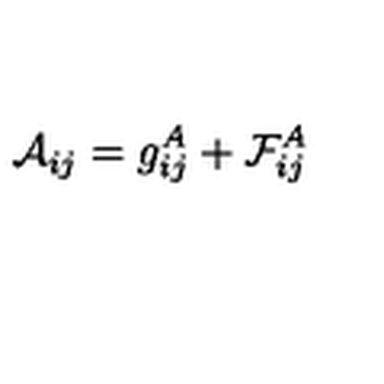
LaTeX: { \cal A } _ { i j } = g _ { i j } ^ { A } + { \cal F } _ { i j } ^ { A }